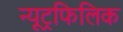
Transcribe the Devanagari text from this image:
न्यूट्रफिलिक